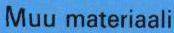
Muu materiaali